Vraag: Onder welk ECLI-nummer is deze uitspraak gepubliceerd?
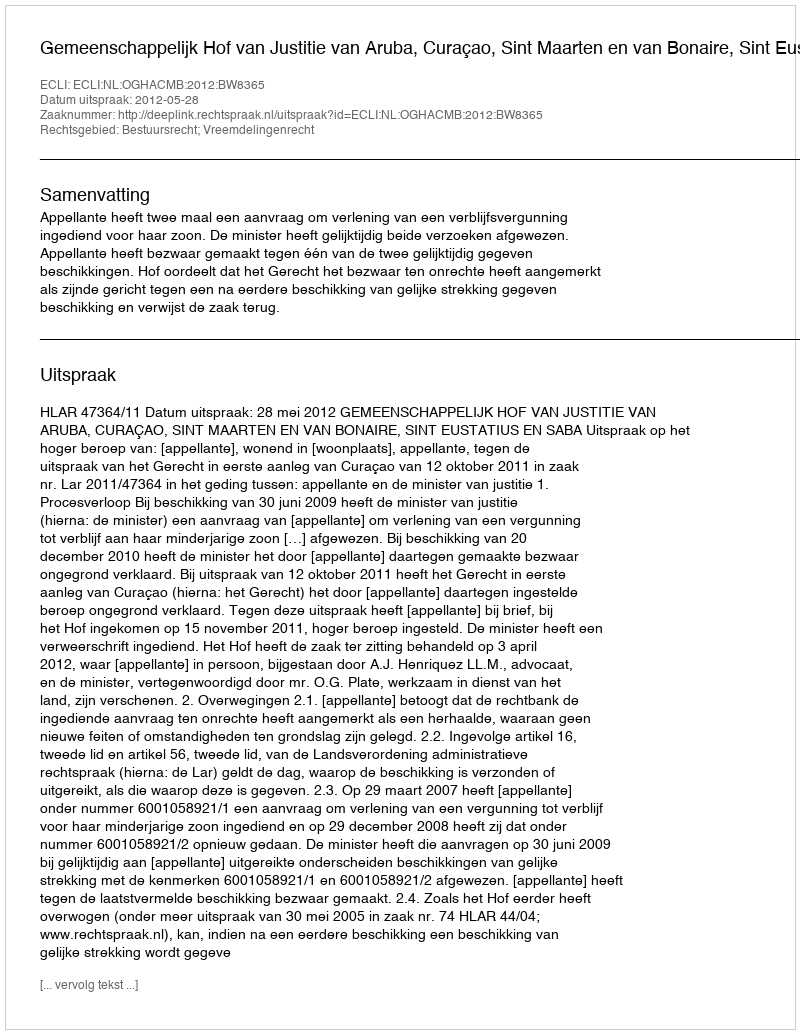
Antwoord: ECLI:NL:OGHACMB:2012:BW8365